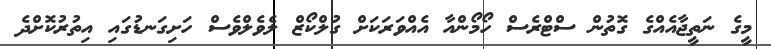
މީގެ ނަތީޖާއެއްގެ ގޮތުން ސްޓްރެސް ހޯމޯންއާ އެއްވަރަކަށް ގުލްކޯޒް ލެވެލްވެސް ހަށިގަނޑުގައި އިތުރުކޮށްދެ